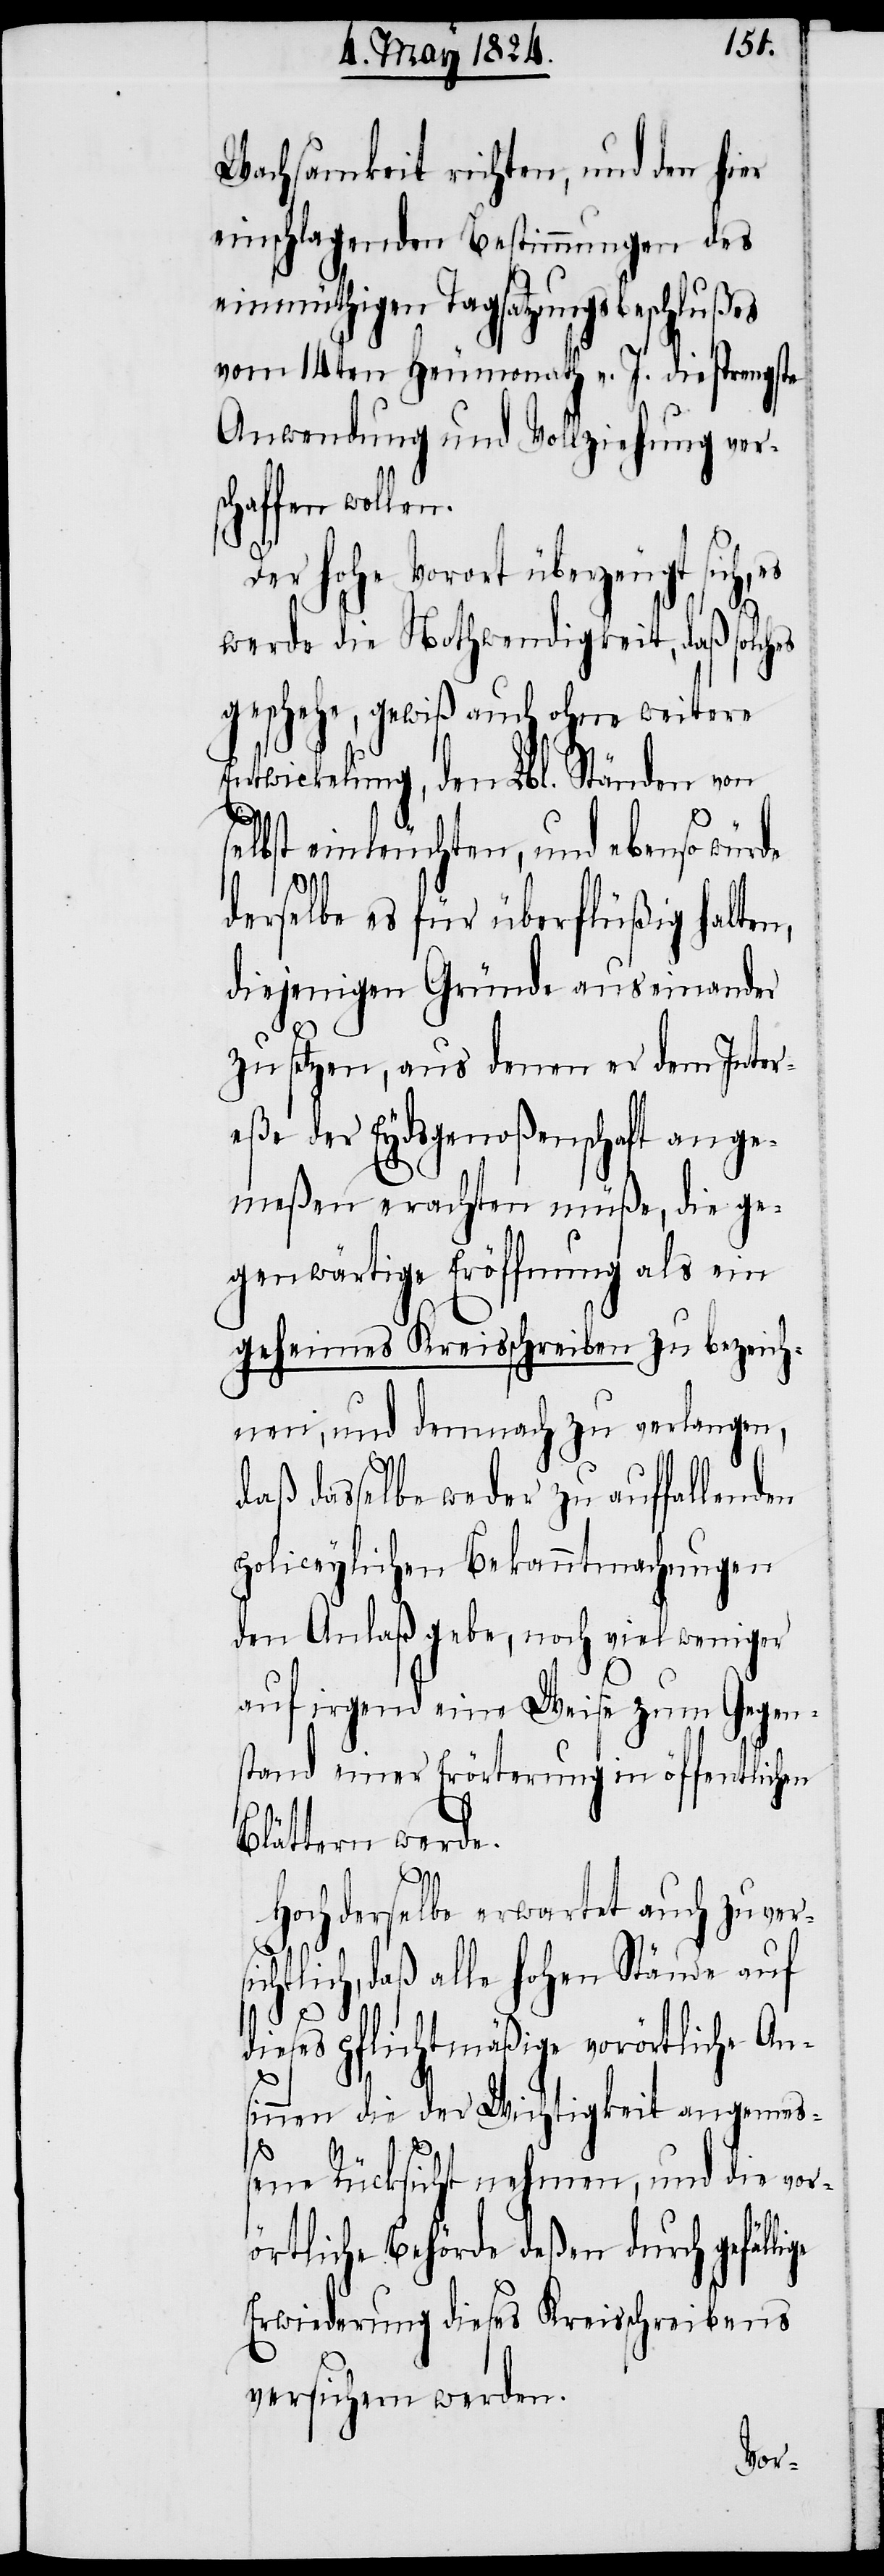
Wachsamkeit richten, und den hier
einschlagenden Bestimmungen des
einmüthigen Tagsatzungsbeschlußes
vom 14ten Heumonath v. J. die strengste
Anwendung und Vollziehung ver¬
haffen wolle¬
Der hohe Vorort überzeugt
werde die Nothwendigkeit, daß solches
geschehe, gewiß auch ohne weitere
Entwicklung, den Lbl. Ständen von
lige
selbst einleuchten, und ebenso würde
n.
derselbe es für überflüßig halten,
diejenigen Gründe auseinander
zu setzen, aus denen er dem Inter¬
eße der Eydsgenoßenschaft ange¬
meßen erachten müße, die ge¬
genwärtige Eröffnung als ein
geheimes Kreisschreiben zu bezeich¬
nen, und demnach zu verlangen,
daß dasselbe weder zu anfallenden
policeylichen Bekanntmachungen
den Anlaß gebe, noch viel weniger
auf irgend eine Weise zum Gegen¬
stand einer Erörterung in öffentlichen
Blättern werde.
Hochderselbe erwartet auch zuversi¬
chtlich, daß alle hohen Stände auf
dieses pflichtmäßige vorörtliche An¬
sinnen die der Wichtigkeit angemeß¬
ene Rücksicht nehmen, und die vor¬
örtliche Behörde deßen durch gefäl¬
Erwiederung dieses Kreisschreiben
versichern werden.